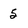
Character: 5